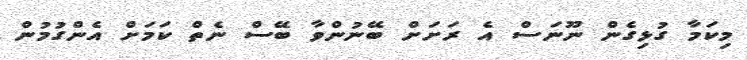
މިކަމާ ގުޅިގެން ނޫނަސް އެ ރަށަށް ބޭނުންވާ ބޭސް ނެތް ކަމަށް އެންގުމުން